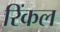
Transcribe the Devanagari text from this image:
रिंकल